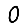
Digit: 0